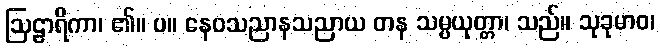
ဩဠာရိကာ၊ ၏။ ပ။ နေဝသညာနသညာယ တန သမ္ပယုတ္တာ၊ သည်။ သုခုမာဝ၊